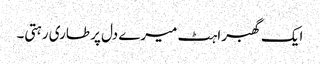
ایک گھبراہٹ میرے دل پر طاری رہتی۔